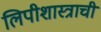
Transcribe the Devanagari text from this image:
लिपीशास्त्राची